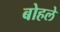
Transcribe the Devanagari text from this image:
बोहले